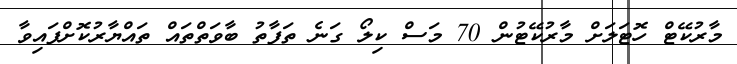
މާރުކޭޓް ހޮޓަލަށް މާރުކޭޓުން 70 މަސް ކިލޯ ގަނެ ތަފާތު ބާވަތްތައް ތައްޔާރުކޮށްފައިވާ